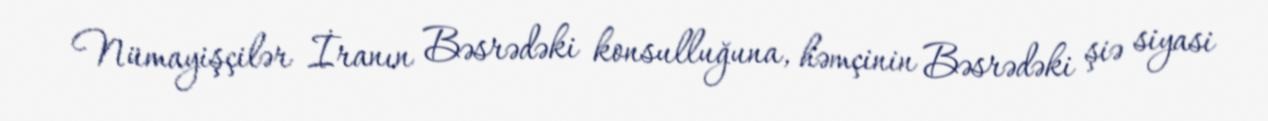
Nümayişçilər İranın Bəsrədəki konsulluğuna, həmçinin Bəsrədəki şiə siyasi